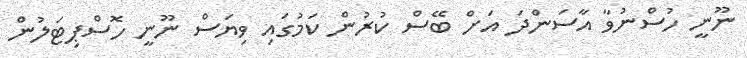
ނޫނީ ހުސްނުވާ އާސަންދަ އަށް ބޭސް ކުރުން ކަމުގައި ވިޔަސް ނޫނީ ހޮސްޕިޓަލުން